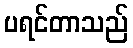
ပရင်တာသည်